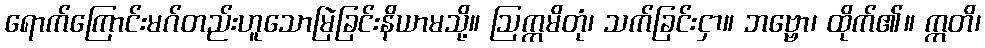
ရောက်ကြောင်းမဂ်တည်းဟူသောမြဲခြင်းနိယာမသို့။ ဩက္ကမိတုံ၊ သက်ခြင်းငှာ။ ဘဗ္ဗော၊ ထိုက်၏။ ဣတိ၊